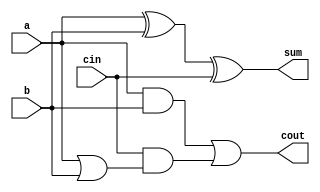
module full_adder3(a,b,cin,sum,cout);
input a,b,cin;
output sum,cout;
assign sum = a^b^cin;
assign cout = a&b|cin&(a|b); 
// initial begin
//     $display("The correct adder");
// end   
endmodule